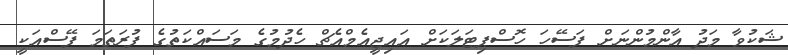
ޝަކުވާ މަދު އާންމުންނަށް ފަސޭހަ ހޮސްޕިޓަލަކަށް އައިޖީއެމްއެޗް ހެދުމުގެ މަސައްކަތުގެ ފުރަތަމަ ފޭސްއަކީ